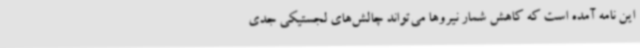
این نامه آمده است که کاهش شمار نیروها می‌تواند چالش‌های لجستیکی جدی